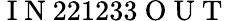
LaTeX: \mathrm{~I~N~}221233\mathrm{~O~U~T~}